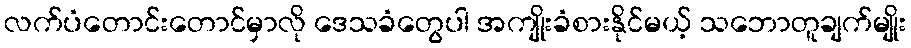
လက်ပံတောင်းတောင်မှာလို ဒေသခံတွေပါ အကျိုးခံစားနိုင်မယ့် သဘောတူချက်မျိုး